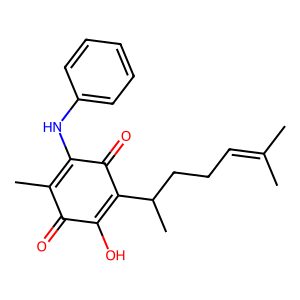
SMILES: CC(C)=CCCC(C)C1=C(O)C(=O)C(C)=C(Nc2ccccc2)C1=O
Inhibits HIV replication: No